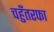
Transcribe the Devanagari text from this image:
चहुँतरफा